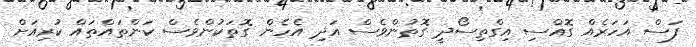
ފަސް އަހަރެއް ގޮއްސި އިގްތިސޯދީ ގޮތުންވެސް އަދި އެހެން ގޮތަކުންވެސް ކަންތައްތައް ކުރިއަށް